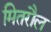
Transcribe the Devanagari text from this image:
मितरौल